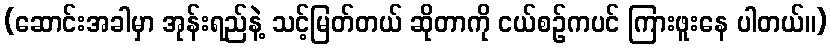
(ဆောင်းအခါမှာ အုန်းရည်နဲ့ သင့်မြတ်တယ် ဆိုတာကို ငယ်စဉ်ကပင် ကြားဖူးနေ ပါတယ်။)